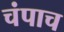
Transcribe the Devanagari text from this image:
चंपाच